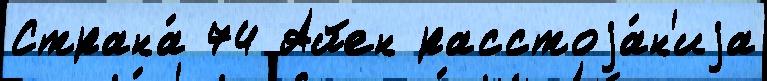
Страна́ 74 Айен расстоjа́н'иjа